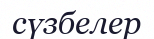
сүзбелер